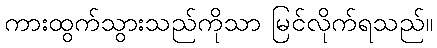
ကားထွက်သွားသည်ကိုသာ မြင်လိုက်ရသည်။